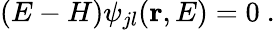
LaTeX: (E-H)\psi_{jl}({\mathbf r},E)=0~.